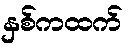
နှစ်ကထက်